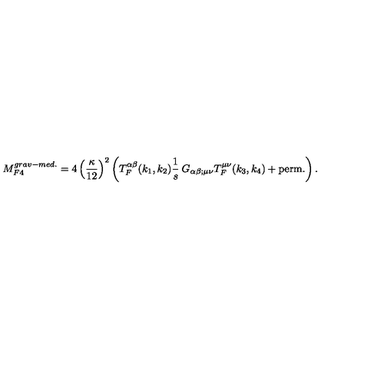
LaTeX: M _ { F 4 } ^ { g r a v - m e d . } = 4 \left( \frac { \kappa } { 1 2 } \right) ^ { 2 } \left( T _ { F } ^ { \alpha \beta } ( k _ { 1 } , k _ { 2 } ) \frac { 1 } { s } \: G _ { \alpha \beta ; \mu \nu } T _ { F } ^ { \mu \nu } ( k _ { 3 } , k _ { 4 } ) + \mathrm { p e r m . } \right) .